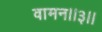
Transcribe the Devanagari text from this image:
वामन।।३।।